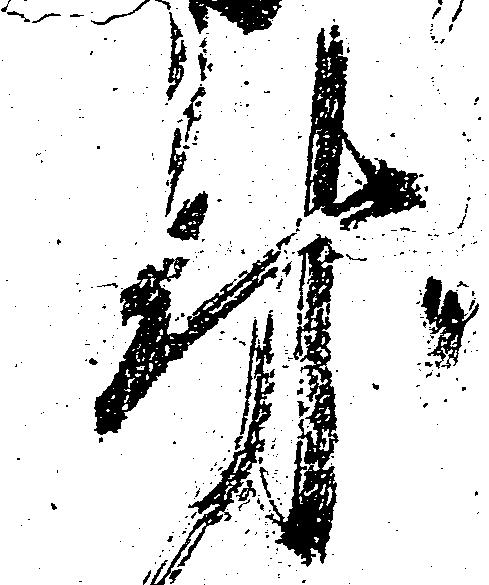
付